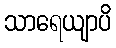
သာရေယျာပိ